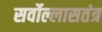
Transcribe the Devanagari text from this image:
सर्वोल्लासतंत्र